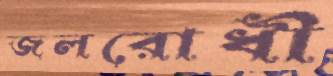
জলরোধী